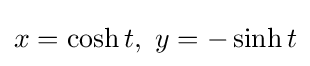
x=\cosh t,~y=-\sinh t